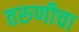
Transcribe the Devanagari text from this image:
तरुणीचा